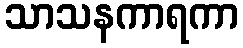
သာသနကာရကာ